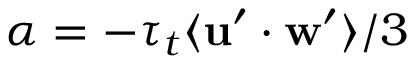
\alpha = - \tau _ { t } \langle \mathbf { u } ^ { \prime } \cdot \mathbf { w } ^ { \prime } \rangle / 3